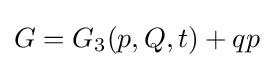
G=G_{3}(p,Q,t)+qp